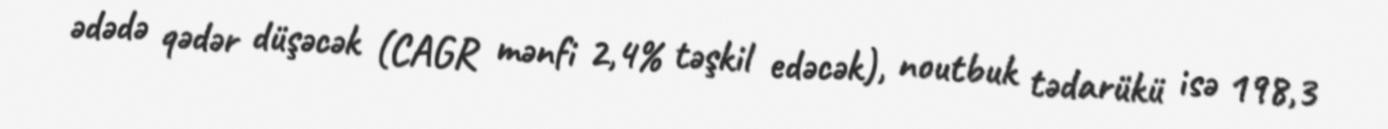
ədədə qədər düşəcək (CAGR mənfi 2,4% təşkil edəcək), noutbuk tədarükü isə 198,3